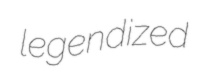
legendized